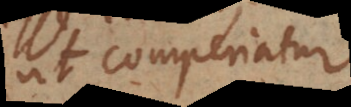
ut comperiatur